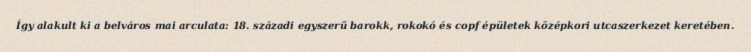
Így alakult ki a belváros mai arculata: 18. századi egyszerű barokk, rokokó és copf épületek középkori utcaszerkezet keretében.